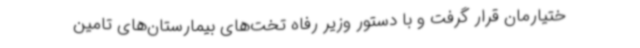
ختیارمان قرار گرفت و با دستور وزیر رفاه تخت‌های بیمارستان‌های تامین